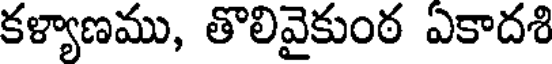
కళ్యాణము, తొలివైకుంఠ ఏకాదశి